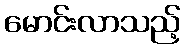
မောင်းလာသည့်